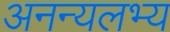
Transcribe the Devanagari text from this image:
अनन्यलभ्य